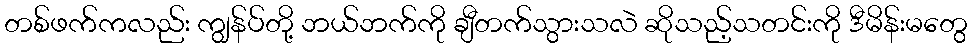
တစ်ဖက်ကလည်း ကျွန်ပ်တို့ ဘယ်ဘက်ကို ချီတက်သွားသလဲ ဆိုသည့်သတင်းကို ဒီမိန်းမတွေ